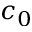
c _ { 0 }